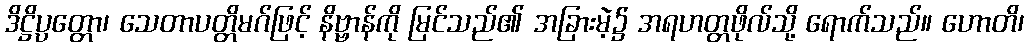
ဒိဋ္ဌိပ္ပတ္တော၊ သေတာပတ္တိမဂ်ဖြင့် နိဗ္ဗာန်ကို မြင်သည်၏ အခြားမဲ့၌ အရဟတ္တဖိုလ်သို့ ရောက်သည်။ ဟောတိ၊